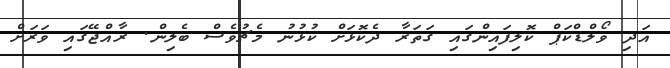
އަދި ވޯލްޑްކަޕް ކޮލިފައިންގައި ގަތަރާ ދެކޮޅަށް ކުޅުނު މެޗުވެސް ބެލިން. ރާއްޖޭގައި ވަރަށް